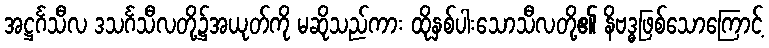
အဋ္ဌင်္ဂသီလ ဒသင်္ဂသီလတို့၌အယုတ်ကို မဆိုသည်ကား ထိုနှစ်ပါးသောသီလတို့၏ နိဗဒ္ဓဖြစ်သောကြောင့်